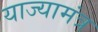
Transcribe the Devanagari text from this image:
याज्यामंत्र